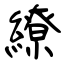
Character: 繚